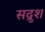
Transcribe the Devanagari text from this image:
सद्रुश